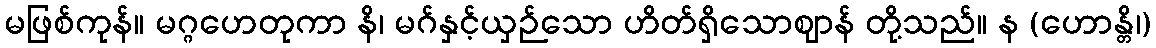
မဖြစ်ကုန်။ မဂ္ဂဟေတုကာ နိ၊ မဂ်နှင့်ယှဉ်သော ဟိတ်ရှိသောဈာန် တို့သည်။ န (ဟောန္တိ၊)